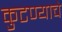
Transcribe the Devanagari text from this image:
कुटण्याचे